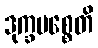
ဒုက္ခမစ္စေတိ